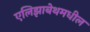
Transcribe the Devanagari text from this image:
एलिझाबेथमधील